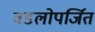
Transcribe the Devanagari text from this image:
वडलोपर्जित